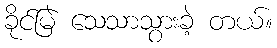
ခိုင်မြဲ သေသာသွားခဲ့ တယ်။